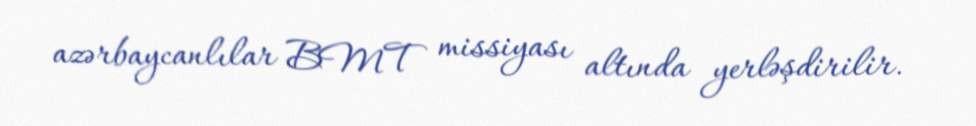
azərbaycanlılar BMT missiyası altında yerləşdirilir.